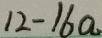
1 2 - 1 6 a